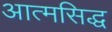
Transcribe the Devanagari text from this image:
आत्मसिद्ध